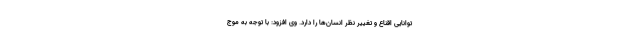
توانایی اقناع و تغییر نظر انسان‌ها را دارد. وی افزود: با توجه به موج